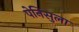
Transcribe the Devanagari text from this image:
पेनिसुला